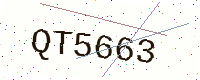
Text: QT5663